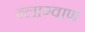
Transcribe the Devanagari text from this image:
ब्लाग्वाण